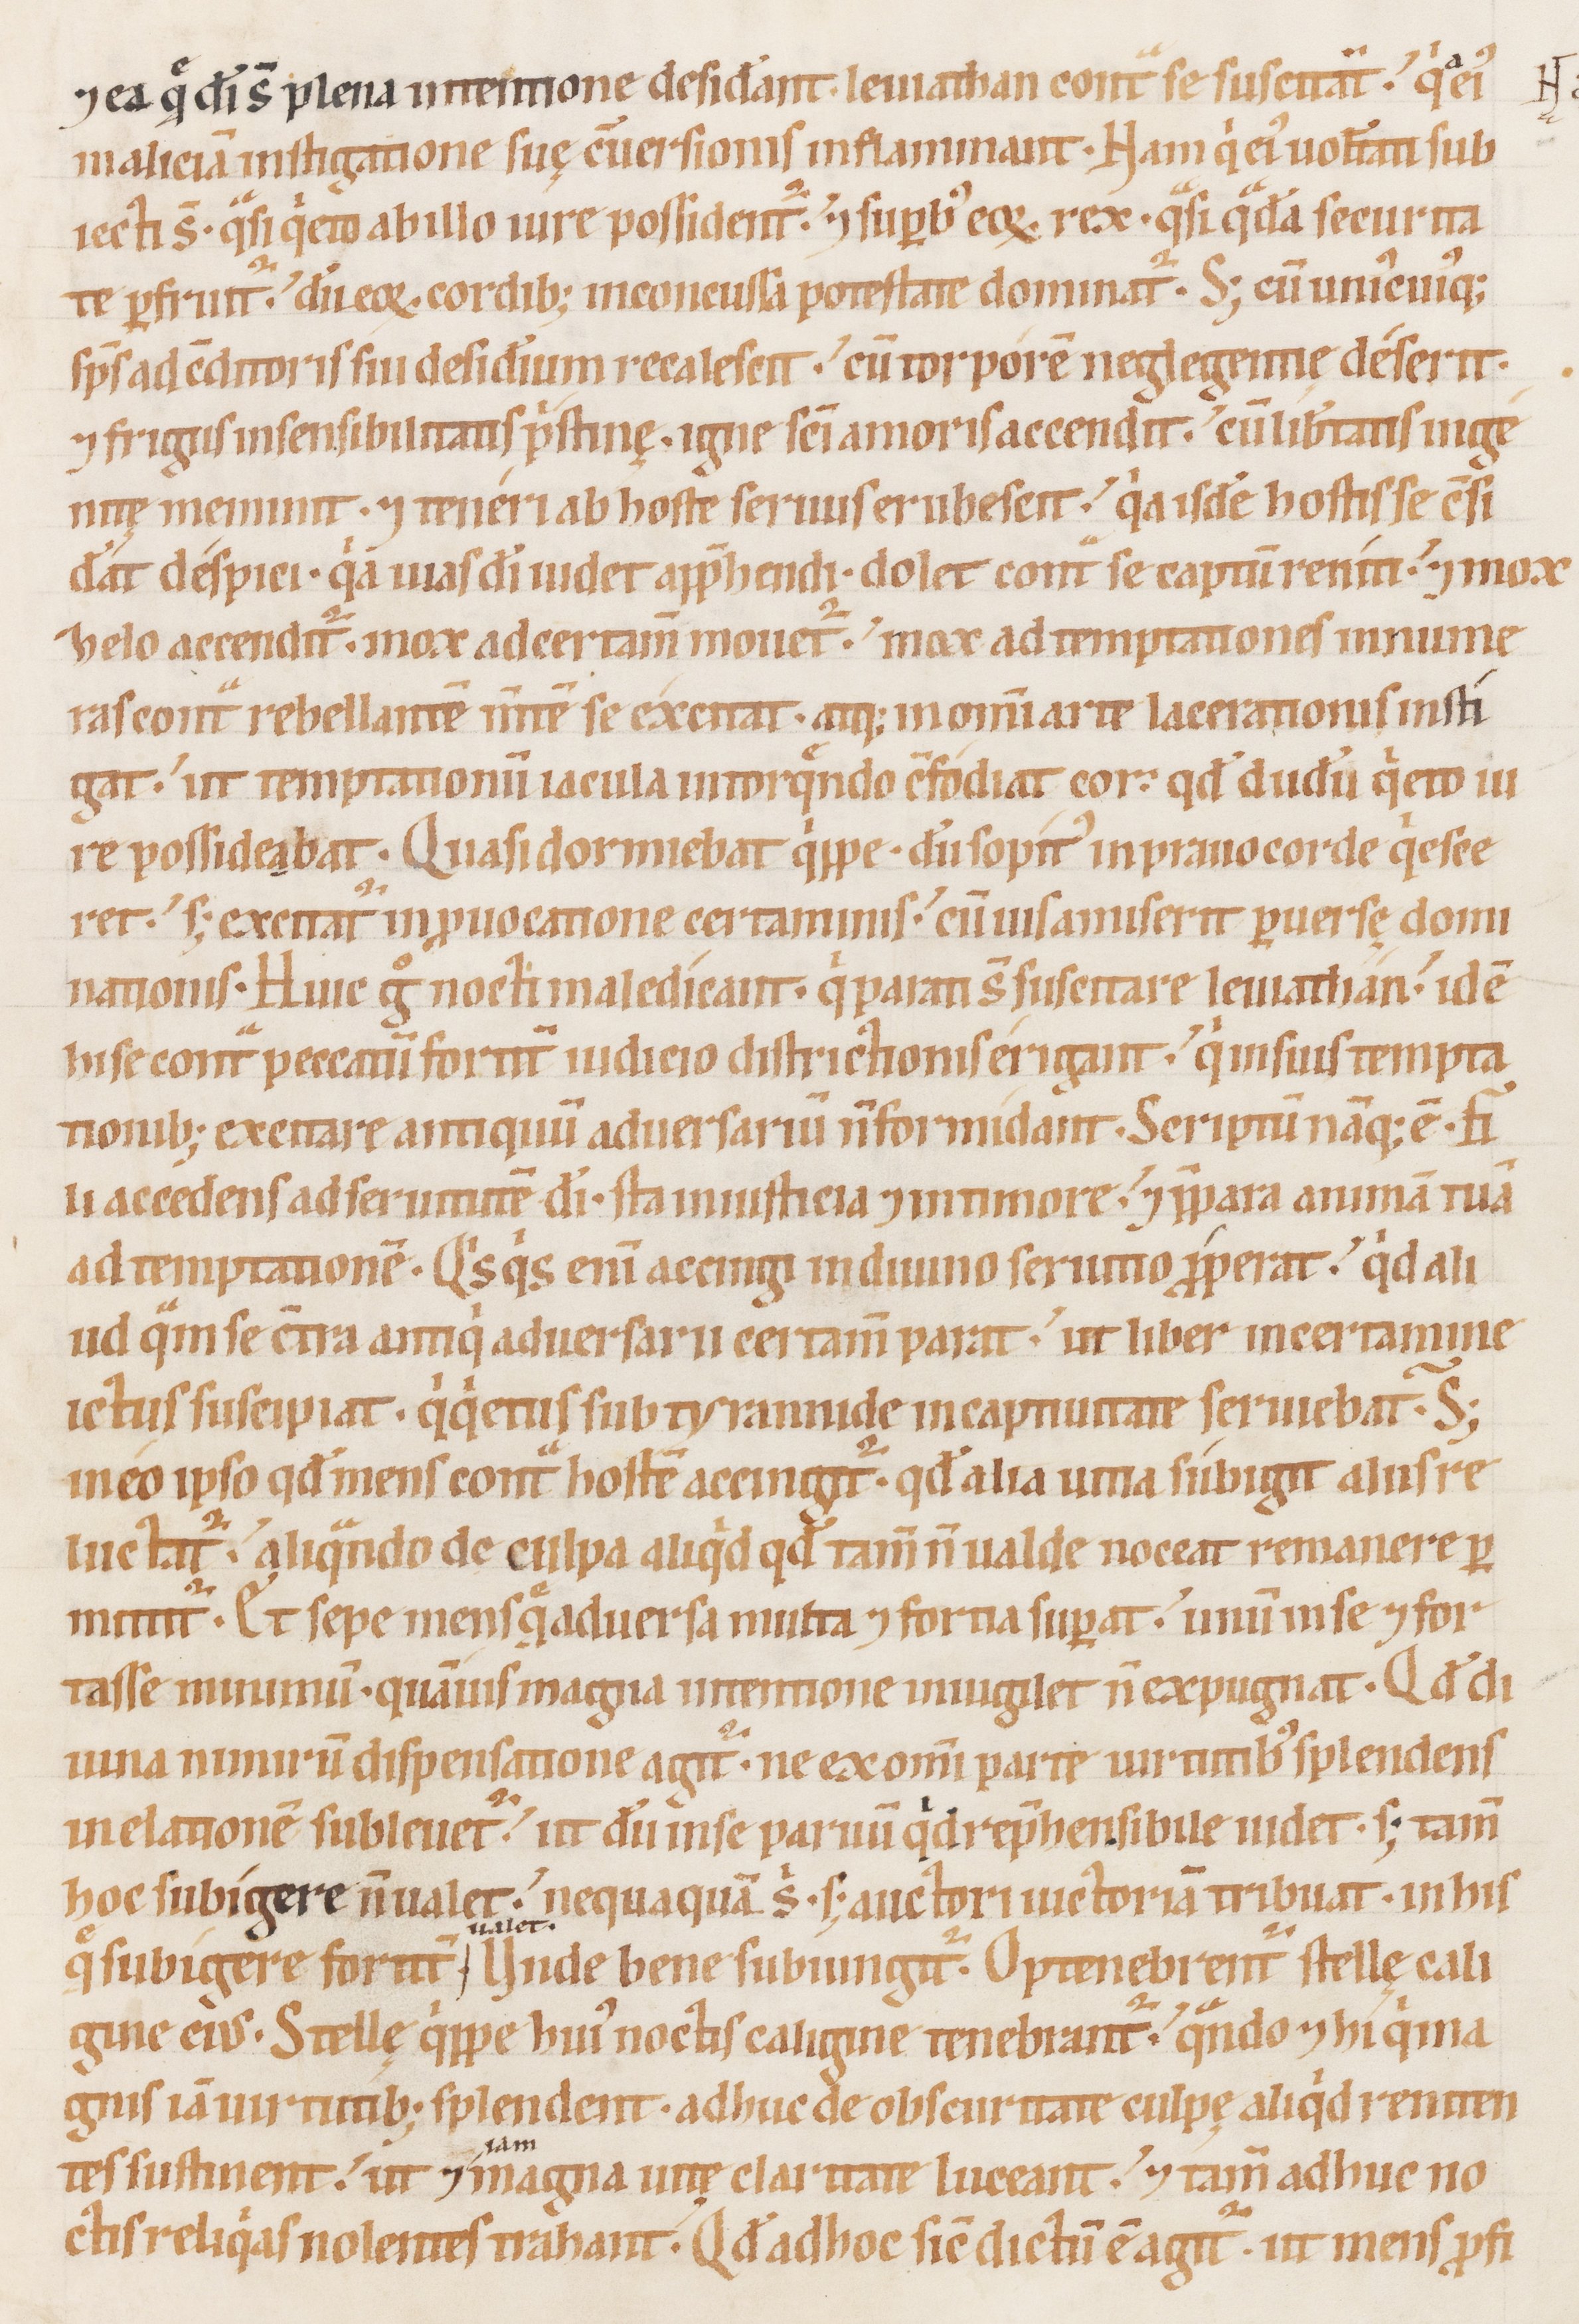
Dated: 1100–1199